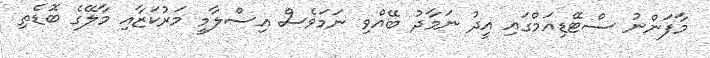
މާފަންނު ސްޓޭޑިއަމްގައި އީދު ނަމާދު ބޭއްވި ނަމަވެސް އިސްލާމީ މަރުކަޒާއި މާލޭގެ ބޮޑެތި